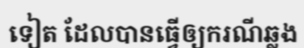
ទៀត ដែលបានធ្វើឲ្យករណីឆ្លង